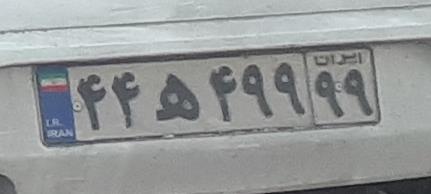
۴۴ه۴۹۹۹۹